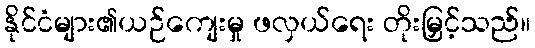
နိုင်ငံများ၏ယဉ်ကျေးမှု ဖလှယ်ရေး တိုးမြှင့်သည်။